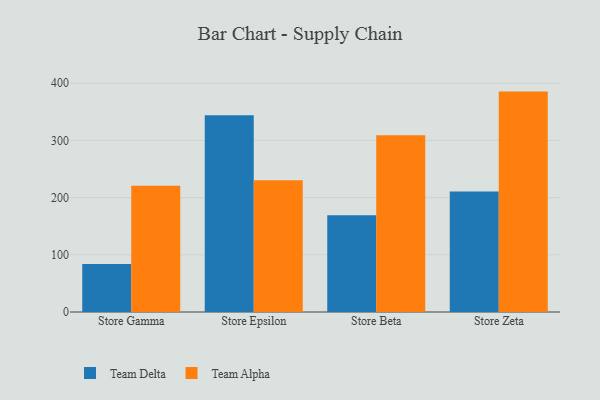
{"axis": {"x": "Store", "y": "Active Users"}, "legend": ["Team Alpha", "Team Delta"], "data": [{"x": "Store Gamma", "y": 84.0, "type": "Team Delta"}, {"x": "Store Gamma", "y": 220.6, "type": "Team Alpha"}, {"x": "Store Epsilon", "y": 343.8, "type": "Team Delta"}, {"x": "Store Epsilon", "y": 230.3, "type": "Team Alpha"}, {"x": "Store Beta", "y": 169.2, "type": "Team Delta"}, {"x": "Store Beta", "y": 308.9, "type": "Team Alpha"}, {"x": "Store Zeta", "y": 210.5, "type": "Team Delta"}, {"x": "Store Zeta", "y": 385.3, "type": "Team Alpha"}]}